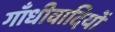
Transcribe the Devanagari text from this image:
गाँधीवादियों